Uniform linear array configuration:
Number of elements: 12
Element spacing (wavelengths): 0.25
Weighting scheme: kaiser
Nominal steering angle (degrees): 30
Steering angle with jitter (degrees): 31.797
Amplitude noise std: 0.05
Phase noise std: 0.05

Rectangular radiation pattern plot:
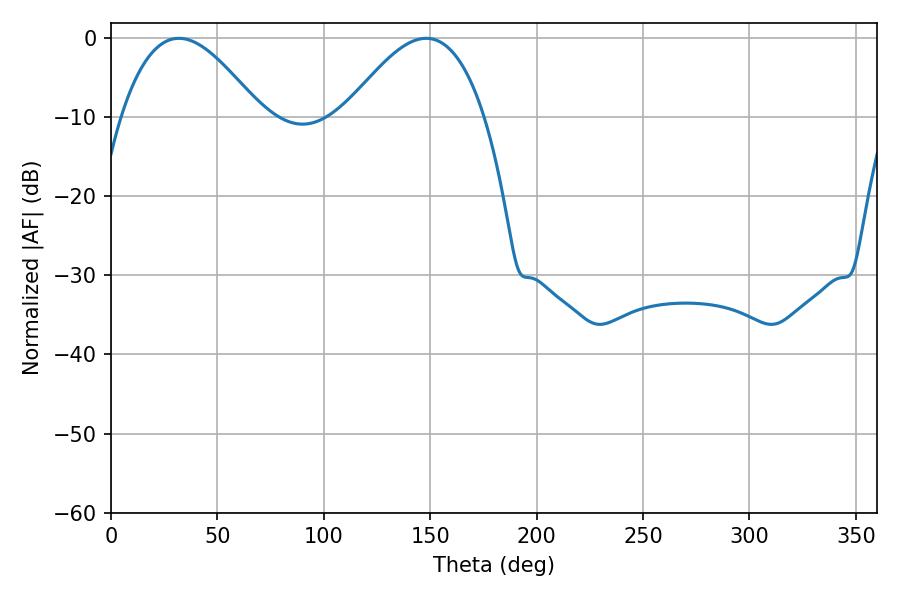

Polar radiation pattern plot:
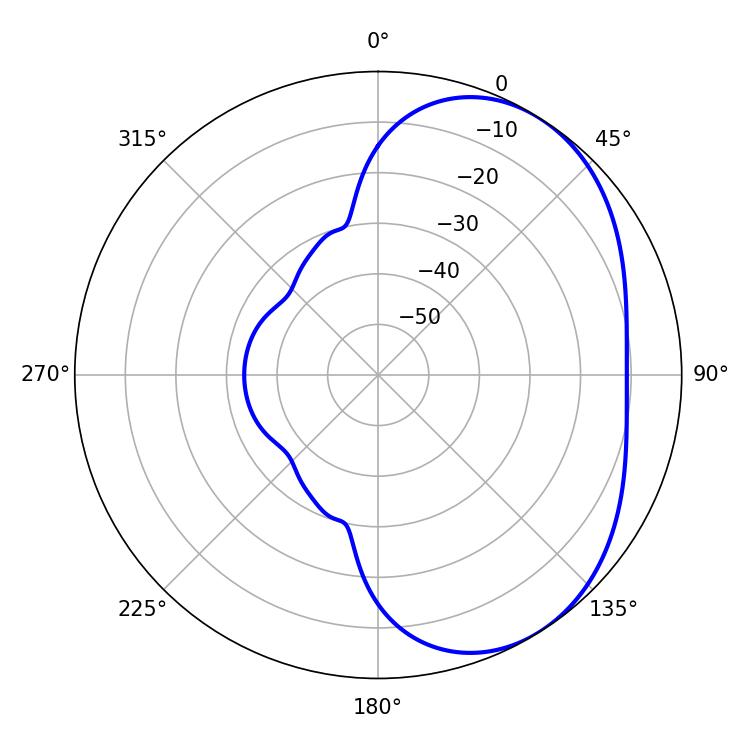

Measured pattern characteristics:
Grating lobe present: FALSE
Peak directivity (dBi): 3.979
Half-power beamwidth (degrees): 35.46
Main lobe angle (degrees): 31.86